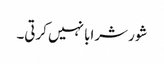
شور شرابا نہیں کرتی۔